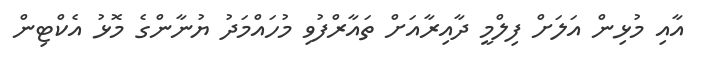
އާއި މުޅިން އަލަށް ފިލްމީ ދާއިރާއަށް ތައާރްފުވި މުހައްމަދު ޔުނާންގެ މޮޅު އެކްޓިން